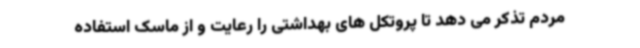
مردم تذکر می دهد تا پروتکل های بهداشتی را رعایت و از ماسک استفاده